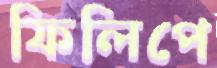
ফিলিপে